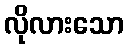
လိုလားသော